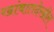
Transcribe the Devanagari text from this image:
खांबातदेखील